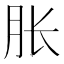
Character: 胀